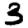
Digit: 3